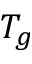
T _ { g }